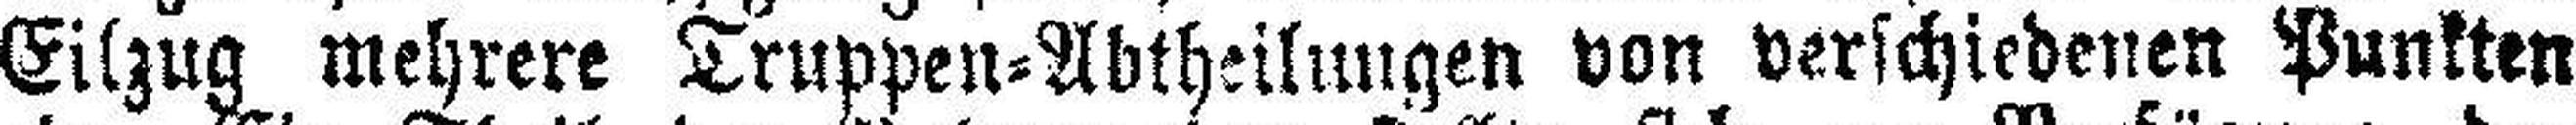
Eilzug mehrere Truppen=Abtheilungen von verschiedenen Punkten